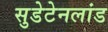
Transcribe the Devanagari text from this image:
सुडेटेनलांड